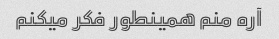
آره منم همینطور فکر میکنم